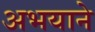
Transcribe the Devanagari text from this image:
अभयाने